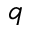
q